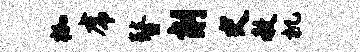
枷虎瞽削史赦机